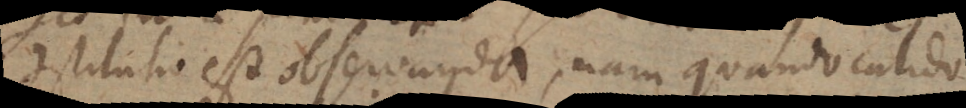
constitutio est observanda, nam quando calido